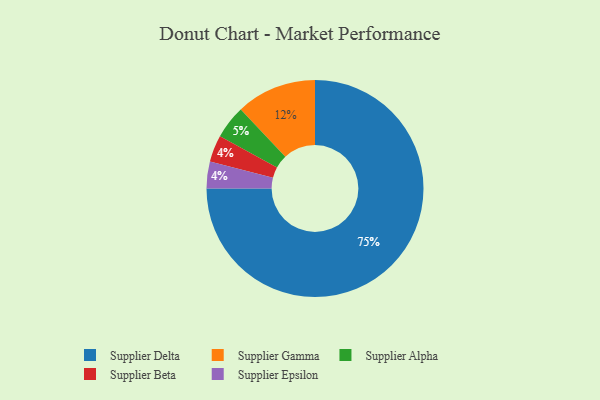
{"axis": {"x": "Category", "y": "Percentage"}, "legend": ["Supplier Alpha", "Supplier Beta", "Supplier Delta", "Supplier Epsilon", "Supplier Gamma"], "data": [{"x": "Supplier Gamma", "y": 12, "type": "Supplier Gamma"}, {"x": "Supplier Alpha", "y": 5, "type": "Supplier Alpha"}, {"x": "Supplier Beta", "y": 4, "type": "Supplier Beta"}, {"x": "Supplier Delta", "y": 75, "type": "Supplier Delta"}, {"x": "Supplier Epsilon", "y": 4, "type": "Supplier Epsilon"}]}